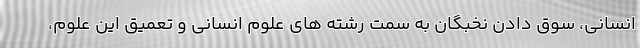
انسانی، سوق دادن نخبگان به سمت رشته های علوم انسانی و تعمیق این علوم،